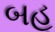
બહૂ